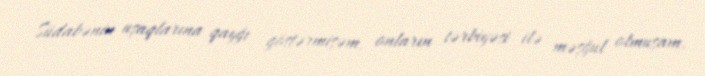
Südabənin uşaqlarına qayğı göstərmişəm, onların tərbiyəsi ilə məşğul olmuşam.